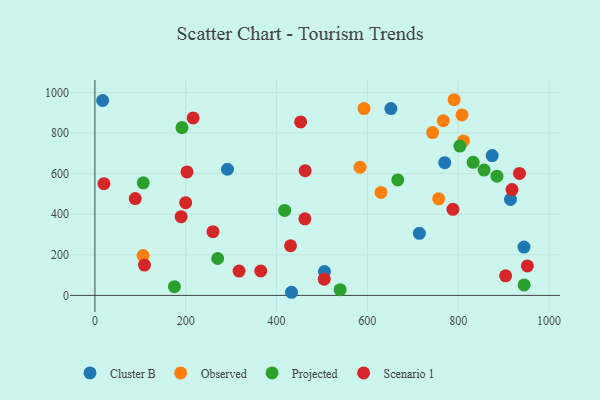
{"axis": {"x": "Experience", "y": "Profit"}, "legend": ["Cluster B", "Observed", "Projected", "Scenario 1"], "data": [{"x": "915.2", "y": 472.7, "type": "Cluster B"}, {"x": "945.0", "y": 238.3, "type": "Cluster B"}, {"x": "770.4", "y": 654.0, "type": "Cluster B"}, {"x": "17.0", "y": 960.3, "type": "Cluster B"}, {"x": "505.5", "y": 117.5, "type": "Cluster B"}, {"x": "714.5", "y": 305.6, "type": "Cluster B"}, {"x": "291.9", "y": 621.6, "type": "Cluster B"}, {"x": "651.9", "y": 920.6, "type": "Cluster B"}, {"x": "874.9", "y": 688.7, "type": "Cluster B"}, {"x": "432.9", "y": 15.4, "type": "Cluster B"}, {"x": "592.6", "y": 920.4, "type": "Observed"}, {"x": "743.7", "y": 802.3, "type": "Observed"}, {"x": "106.2", "y": 196.2, "type": "Observed"}, {"x": "583.9", "y": 631.6, "type": "Observed"}, {"x": "767.3", "y": 860.8, "type": "Observed"}, {"x": "757.1", "y": 476.0, "type": "Observed"}, {"x": "811.6", "y": 760.9, "type": "Observed"}, {"x": "630.1", "y": 507.1, "type": "Observed"}, {"x": "808.5", "y": 889.3, "type": "Observed"}, {"x": "791.0", "y": 964.0, "type": "Observed"}, {"x": "885.4", "y": 587.2, "type": "Projected"}, {"x": "417.9", "y": 418.8, "type": "Projected"}, {"x": "945.2", "y": 51.7, "type": "Projected"}, {"x": "667.0", "y": 569.0, "type": "Projected"}, {"x": "191.7", "y": 827.0, "type": "Projected"}, {"x": "270.4", "y": 181.7, "type": "Projected"}, {"x": "803.7", "y": 735.7, "type": "Projected"}, {"x": "106.5", "y": 554.8, "type": "Projected"}, {"x": "540.0", "y": 28.2, "type": "Projected"}, {"x": "833.0", "y": 655.5, "type": "Projected"}, {"x": "175.1", "y": 43.0, "type": "Projected"}, {"x": "857.0", "y": 617.5, "type": "Projected"}, {"x": "430.8", "y": 244.7, "type": "Scenario 1"}, {"x": "918.5", "y": 521.4, "type": "Scenario 1"}, {"x": "788.5", "y": 424.1, "type": "Scenario 1"}, {"x": "935.0", "y": 600.7, "type": "Scenario 1"}, {"x": "190.0", "y": 387.7, "type": "Scenario 1"}, {"x": "260.1", "y": 313.9, "type": "Scenario 1"}, {"x": "202.8", "y": 608.3, "type": "Scenario 1"}, {"x": "19.9", "y": 550.2, "type": "Scenario 1"}, {"x": "88.8", "y": 477.0, "type": "Scenario 1"}, {"x": "317.5", "y": 119.7, "type": "Scenario 1"}, {"x": "952.4", "y": 145.3, "type": "Scenario 1"}, {"x": "505.0", "y": 79.8, "type": "Scenario 1"}, {"x": "365.2", "y": 120.3, "type": "Scenario 1"}, {"x": "462.5", "y": 377.3, "type": "Scenario 1"}, {"x": "904.5", "y": 96.3, "type": "Scenario 1"}, {"x": "109.2", "y": 149.6, "type": "Scenario 1"}, {"x": "453.0", "y": 854.6, "type": "Scenario 1"}, {"x": "463.1", "y": 614.4, "type": "Scenario 1"}, {"x": "199.9", "y": 457.0, "type": "Scenario 1"}, {"x": "216.4", "y": 874.3, "type": "Scenario 1"}]}